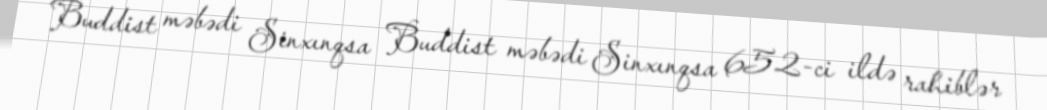
Buddist məbədi Sinxınqsa Buddist məbədi Sinxınqsa 652-ci ildə rahiblər